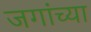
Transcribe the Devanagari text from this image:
जगांच्या